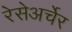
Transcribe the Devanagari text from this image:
रेसेअर्चेर